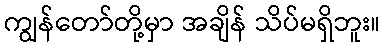
ကျွန်တော်တို့မှာ အချိန် သိပ်မရှိဘူး။